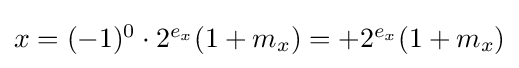
{\textstyle x=(-1)^{0}\cdot 2^{e_{x}}(1+m_{x})=+2^{e_{x}}(1+m_{x})}